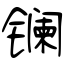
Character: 镧